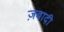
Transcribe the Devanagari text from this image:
ज़बादी